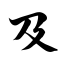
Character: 及